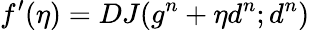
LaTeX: f^{\prime}(\eta)=DJ(g^{n}+\eta d^{n};d^{n})